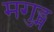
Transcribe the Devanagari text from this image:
मगुड्म